Scientific memoirs by medical officers of the Army of India - Part IV,
Year: 1889
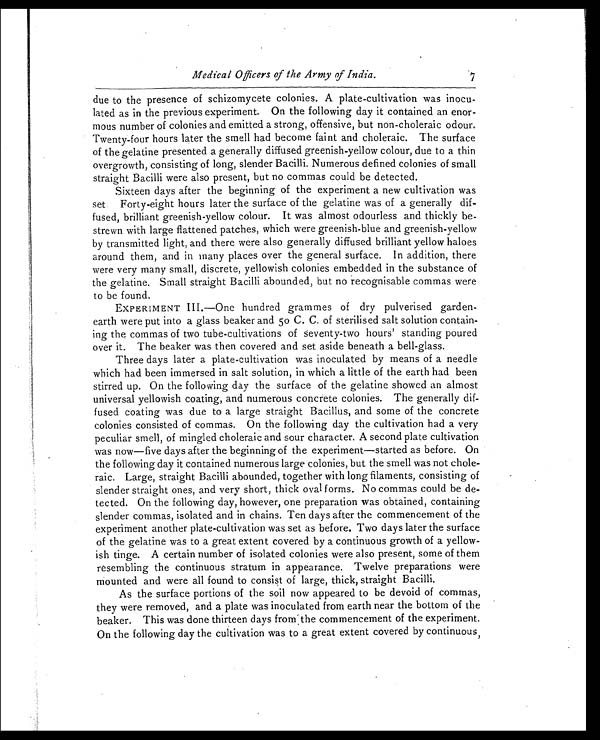
Medical Officers of the Army of India.
7
due to the presence of schizomycete colonies. A plate-cultivation was inocu
-lated as in the previous experiment. On the following day it contained an enor
- m o u s n u m b e r o f c o l o n i e s a n d e m i t t e d a s t r o n g , o f f e n s i v e , b u t n o n - c h o l e r a i c o d o u r .
Twenty-four hours later the smell had become faint and choleraic. The surface
of the gelatine presented a generally diffused greenish-yellow colour, due to a thin
overgrowth, consisting of long, slender Bacilli. Numerous defined colonies of small
straight Bacilli were also present, but no commas could be detected.
Sixteen days after the beginning of the experiment a new cultivation was
set. Forty-eight hours later the surface of the gelatine was of a generally dif
-fused, brilliant greenish-yellow colour. It was almost odourless and thickly be
-strewn with large flattened patches, which were greenish-blue and greenish-yellow
by transmitted light, and there were also generally diffused brilliant yellow haloes
around them, and in many places over the general surface. In addition, there
were very many small, discrete, yellowish colonies embedded in the substance of
the gelatine. Small straight Bacilli abounded, but no recognisable commas were
to be found.
EXPERIMENT III.—One hundred grammes of dry pulverised garden
-earth were put into a glass beaker and 5o C. C. of sterilised salt solution contain
- i n g t h e c o m m a s o f t w o t u b e - c u l t i v a t i o n s o f S e v e n t y - t w o h o u r s ' s t a n d i n g p o u r e d
over it. The beaker was then covered and set aside beneath a bell-glass.
Three days later a plate-cultivation was inoculated by means of a needle
which had been immersed in salt solution, in which a little of the earth had been
stirred up. On the following day the surface of the gelatine showed an almost
universal yellowish coating, and numerous concrete colonies. The generally dif
-fused coating was due to a large straight Bacillus, and some of the concrete
colonies consisted of commas. On the following day the cultivation had a very
peculiar smell, of mingled choleraic and sour character. A second plate cultivation
was now—five days after the beginning of the experiment—started as before. On
the following day it contained numerous large colonies, but the smell was not chole
-raic. Large, straight Bacilli abounded, together with long filaments, consisting of
slender straight ones, and very short, thick oval forms. No commas could be de
-tected. On the following day, however, one preparation was obtained, containing
slender commas, isolated and in chains. Ten days after the commencement of the
experiment another plate-cultivation was set as before. Two days later the surface
of the gelatine was to a great extent covered by a continuous growth of a yellow
-ish tinge. A certain number of isolated colonies were also present, some of them
resembling the continuous stratum in appearance. Twelve preparations were
mounted and were all found to consist of large, thick, straight Bacilli.
As the surface portions of the soil now appeared to be devoid of commas,
they were removed, and a plate was inoculated from earth near the bottom of the
beaker. This was done thirteen days from the commencement of the experiment.
On the following day the cultivation was to a great extent covered by continuous,